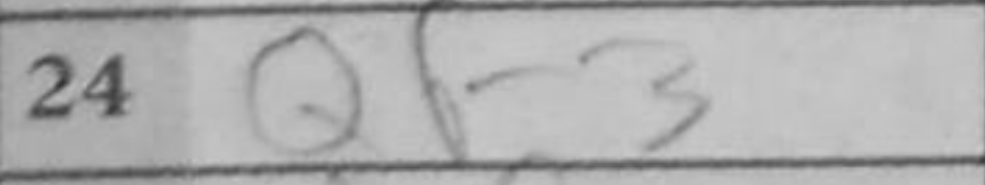
Transcription: Qf3